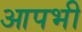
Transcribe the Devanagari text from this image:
आपभी